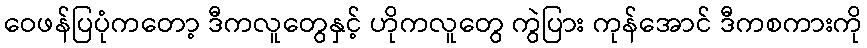
ဝေဖန်ပြပုံကတော့ ဒီကလူတွေနှင့် ဟိုကလူတွေ ကွဲပြား ကုန်အောင် ဒီကစကားကို